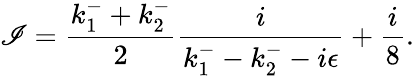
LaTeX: \mathscr{I}=\frac{{k_{1}^{-}+k_{2}^{-}}}{{2}}\frac{{i}}{{k_{1}^{-}-k_{2}^{-}-i\epsilon}}+\frac{{i}}{{8}}.